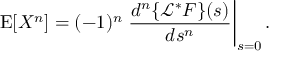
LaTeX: \operatorname { E } [ X ^ { n } ] = ( - 1 ) ^ { n } \left. { \frac { d ^ { n } \{ { \mathcal { L } } ^ { * } F \} ( s ) } { d s ^ { n } } } \right| _ { s = 0 } .